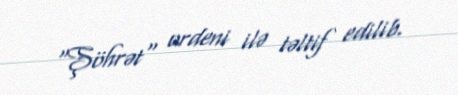
"Şöhrət" ordeni ilə təltif edilib.